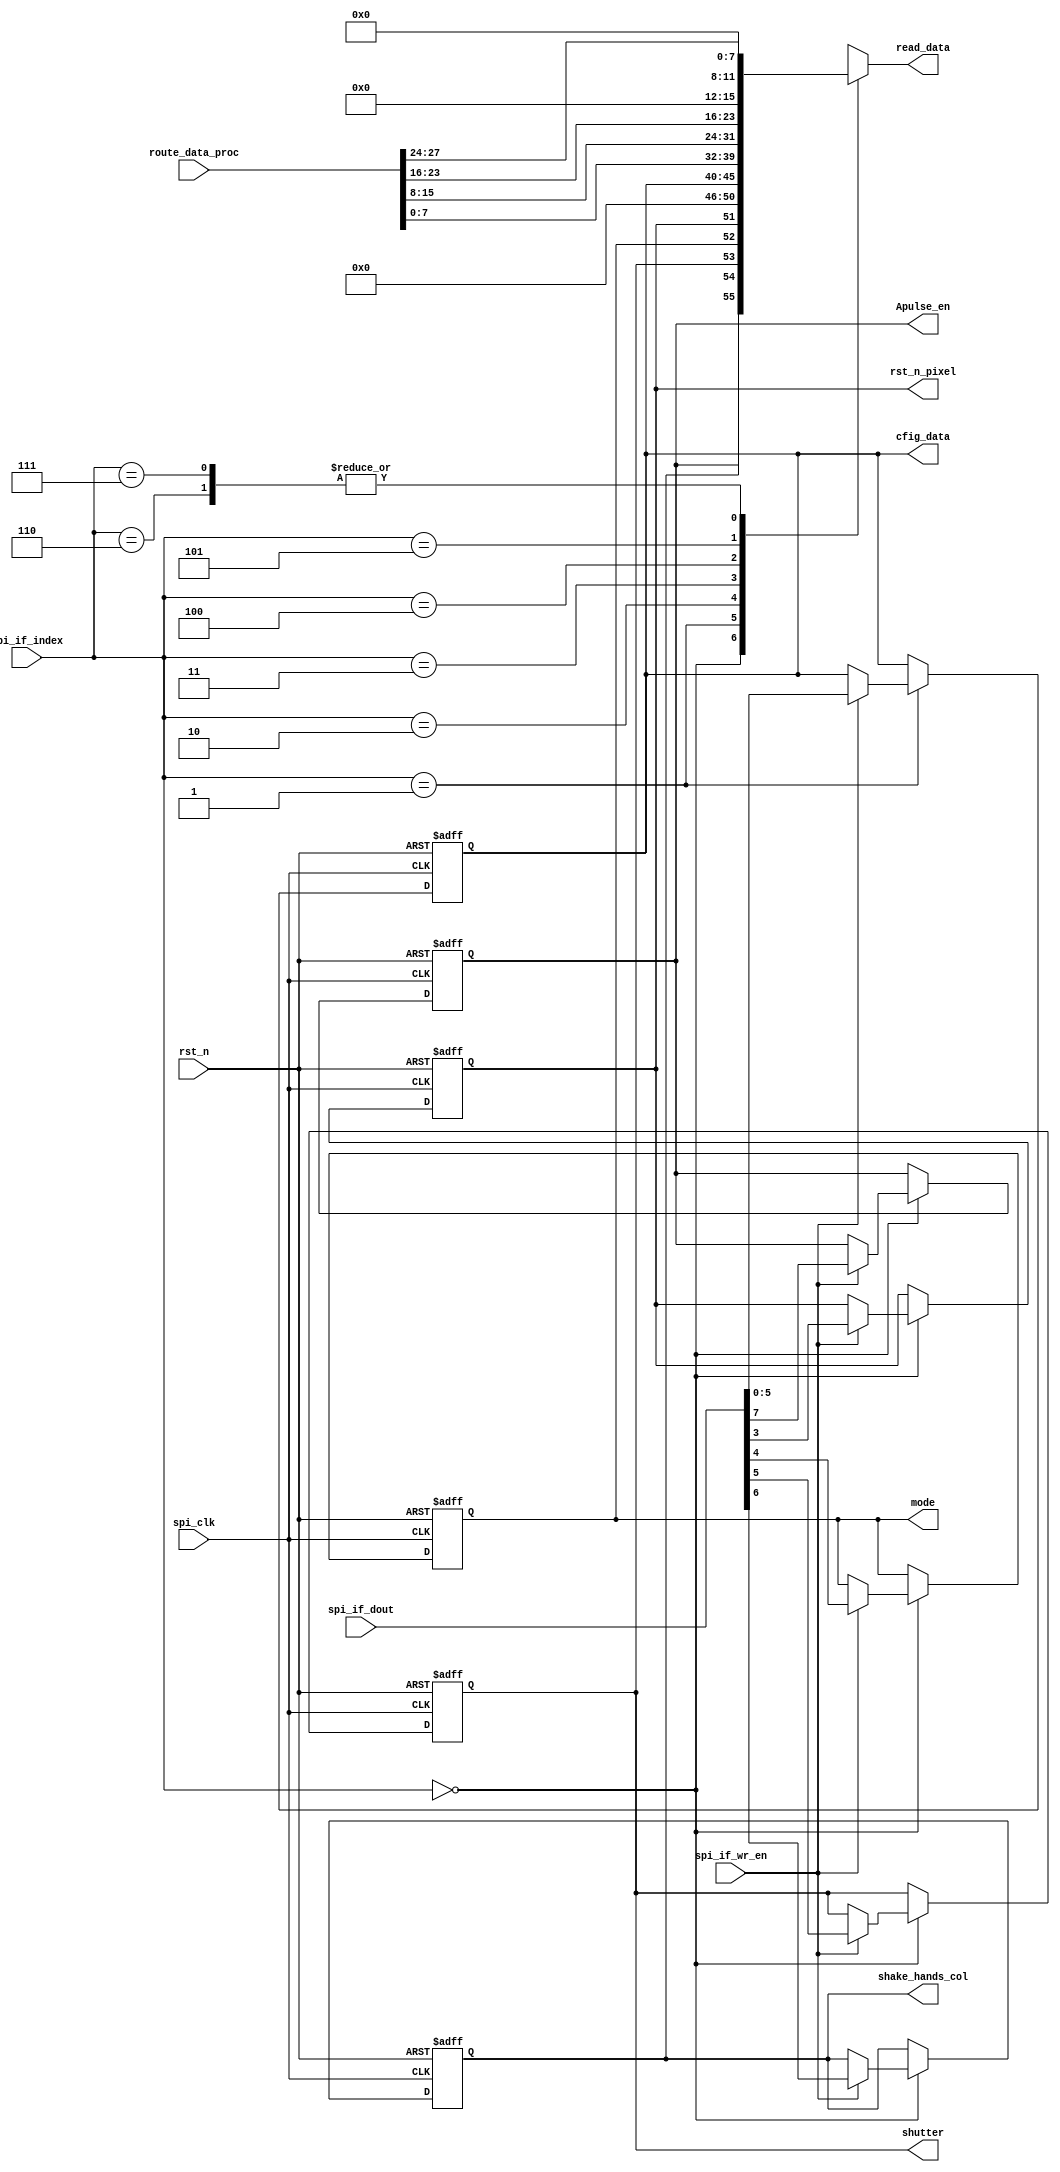
//SPI
//
module ctrl_registers(
		rst_n					,
		spi_clk					,//spi
		spi_if_dout				,//spi
		spi_if_index			,//spi
		spi_if_wr_en			,//spispi8
		route_data_proc			,//
				
		read_data				,//sdo
		shake_hands_col			,//
		shutter					,
		mode					,
		rst_n_pixel				,//,
		Apulse_en				,
		cfig_data				//		
	);
	
	input rst_n;
	input spi_clk;
	input [7:0] spi_if_dout;
	input [2:0] spi_if_index;
	input spi_if_wr_en;
	input [27:0] route_data_proc;
	
	output [7:0] read_data;
	output shake_hands_col;
	output shutter;
	output mode;
	output rst_n_pixel;
	output Apulse_en;
	output [5:0] cfig_data;
	
	reg [7:0] read_data;
	reg shake_hands_col;
	reg shutter;
	reg mode;
	reg rst_n_pixel;
	reg [5:0] cfig_data;
	reg Apulse_en;
	
	always @(posedge spi_clk or negedge rst_n)
		begin
			if(!rst_n)
				begin
					cfig_data <= 6'b00_0000;
					shake_hands_col <= 1'b0;
					shutter <= 1'b0;
					mode <= 1'b0;
					rst_n_pixel<=1'b1;
					Apulse_en<=1'b0;
				end
			else
				begin
					case(spi_if_index)
						3'b000:
							begin
								if(spi_if_wr_en) 
									begin
										Apulse_en <= spi_if_dout[7];
										shake_hands_col <= spi_if_dout[6];
										shutter <= spi_if_dout[5];
										mode <= spi_if_dout[4];
										rst_n_pixel<= spi_if_dout[3];
										
									end
								else
									begin
										shake_hands_col <= shake_hands_col;
										shutter <= shutter;
										mode <= mode;
										rst_n_pixel<=rst_n_pixel;
										Apulse_en <= Apulse_en;
									end
							end
						3'b001:
							begin
								if(spi_if_wr_en)
									begin
										cfig_data <= spi_if_dout[5:0];
									end
								else
									begin
										cfig_data <= cfig_data;
									end
							end
						default://
							begin
								cfig_data <= cfig_data;
                                shake_hands_col <= shake_hands_col;
								shutter <= shutter;
								mode <= mode;
								rst_n_pixel <= rst_n_pixel;
								Apulse_en <= Apulse_en;
							end
					endcase
				end
		end
	
	always @(spi_if_index   or shake_hands_col or shutter or cfig_data  or route_data_proc or mode or Apulse_en or rst_n_pixel)
		begin
			case(spi_if_index)
				3'b000 : read_data = {Apulse_en, shake_hands_col, shutter, mode ,rst_n_pixel, 1'b0, 1'b0, 1'b0};
				3'b001 : read_data = {1'b0,1'b0,cfig_data};
				3'b010 : read_data = {route_data_proc[7:0]};
				3'b011 : read_data = {route_data_proc[15:8]};
				3'b100 : read_data = route_data_proc[23:16];
				3'b101 : read_data = {4'b0, route_data_proc[27:24]};
				3'b110 : read_data = 8'b0;
				3'b111 : read_data = 8'b0;
				default : read_data = 8'b0;
			endcase
		end
		
endmodule